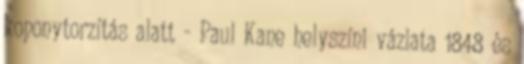
koponytorzítás alatt - Paul Kane helyszíni vázlata 1848 és